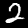
Label: 2